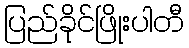
ပြည်ခိုင်ဖြိုးပါတီ